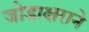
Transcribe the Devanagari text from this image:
जोडाक्षराने